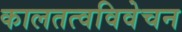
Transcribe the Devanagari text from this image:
कालतत्वविवेचन